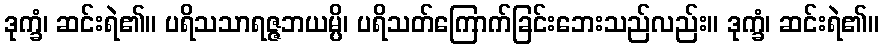
ဒုက္ခံ၊ ဆင်းရဲ၏။ ပရိသသာရဇ္ဇဘယမ္ပိ၊ ပရိသတ်ကြောက်ခြင်းဘေးသည်လည်း။ ဒုက္ခံ၊ ဆင်းရဲ၏။